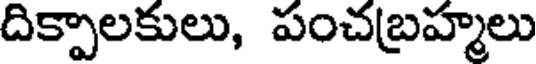
దిక్పాలకులు, పంచబ్రహ్మలు